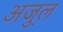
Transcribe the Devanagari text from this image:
अजु़ल